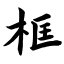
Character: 框